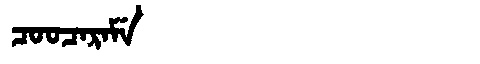
Manchu: ᠴᠣᠣᠴᠠᡵᠠᠮᡝ
Romanization: COOCARAME